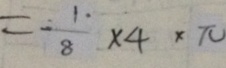
= \frac { 1 \cdot } { 8 } \times 4 \times \pi